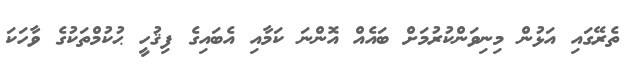
ތެރޭގައި އަޅުން މިނިވަންކުރުމަށް ބައެއް އޮންނަ ކަމާއި އެބައިގެ ފިޤުހީ ޙުކުމްތަކުގެ ވާހަކަ